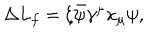
LaTeX: \Delta L _ { f } = \xi \bar { \psi } \gamma ^ { \mu } \dot { x } _ { \mu } \psi ,